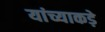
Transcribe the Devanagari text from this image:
यांच्याकड़े